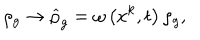
\rho _ { g } \rightarrow \widehat { \rho } _ { g } = \omega \left( x ^ { k } , t \right) \rho _ { g } ,